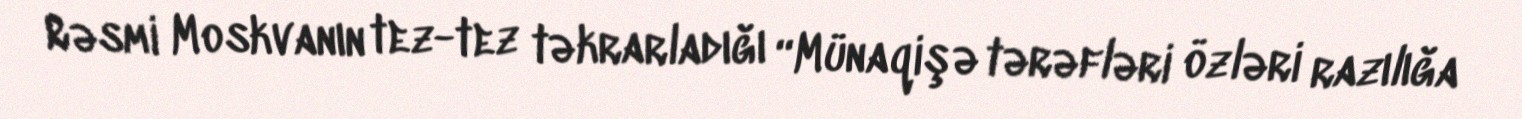
Rəsmi Moskvanın tez-tez təkrarladığı “Münaqişə tərəfləri özləri razılığa